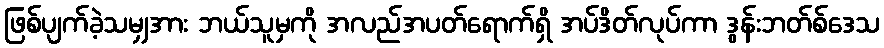
ဖြစ်ပျက်ခဲ့သမျှအား ဘယ်သူမှကို အလည်အပတ်ရောက်ရှိ အပ်ဒိတ်လုပ်ကာ ဒွန်းဘတ်စ်ဒေသ